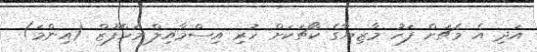
އަދި އެ މެޗަށް ފަހު މާޒިޔާގެ ކޯޗަކަށް ހުރި އިސްމާއިލް މަހްފޫޒް (އިންމަ)